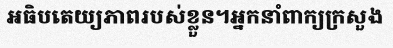
អធិបតេយ្យភាពរបស់ខ្លួន។អ្នកនាំពាក្យក្រសួង